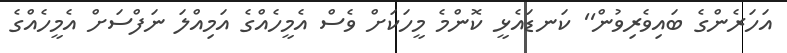
އަހަރެންގެ ބައިވެރިވުން'' ކަނޑައެޅީ ކޮންމެ މީހަކަށް ވެސް އެމީހެއްގެ އަމިއްލަ ނަފްސަށް އެމީހެއްގެ